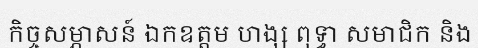
កិច្ចសម្ភាសន៍ ឯកឧត្តម ហង្ស ពុទ្ធា សមាជិក និង